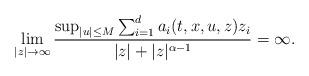
LaTeX: \begin{align*}\lim_{|z|\rightarrow\infty}\dfrac{\sup_{|u|\leq M} \sum_{i=1}^d a_i (t,x,u,z) z_i}{|z| + |z|^{\alpha - 1}} = \infty .\end{align*}